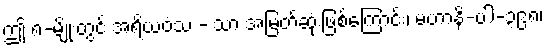
ဤ ၈-မျိုးတွင် အရိယဝံသ - သာ အမြတ်ဆုံးဖြစ်ကြောင်း၊ မဟာနိ-ပါ-၃၉၈၊